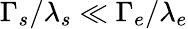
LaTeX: \Gamma_{s}/\lambda_{s}\ll\Gamma_{e}/\lambda_{e}